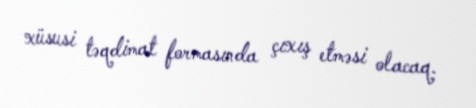
xüsusi təqdimat formasında çıxış etməsi olacaq.